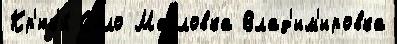
Кр'юк'и́ С'ело Масловка Влад'им'ировка